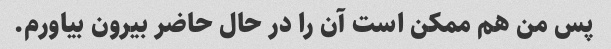
پس من هم ممکن است آن را در حال حاضر بیرون بیاورم.